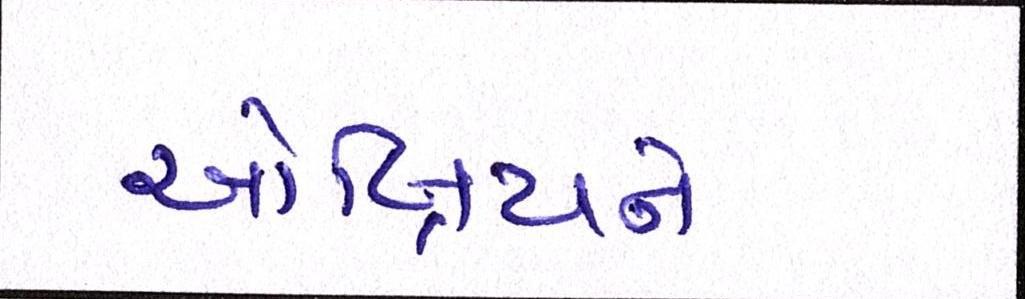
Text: ઓબ્રિયને